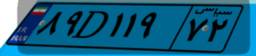
۱۴D۷۸۴۵۳